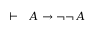
\vdash \ \ A \rightarrow \lnot \lnot A